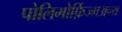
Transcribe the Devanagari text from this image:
पोलिमोर्फ़िज्मअन्य